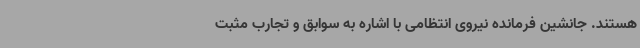
هستند. جانشین فرمانده نیروی انتظامی با اشاره به سوابق و تجارب مثبت